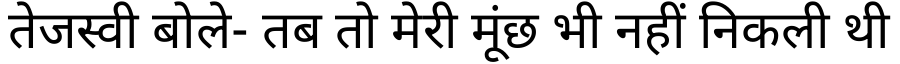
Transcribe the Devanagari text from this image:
तेजस्वी बोले- तब तो मेरी मूंछ भी नहीं निकली थी